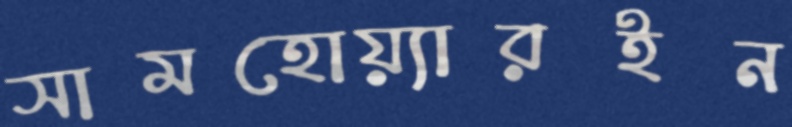
সামহোয়্যারইন